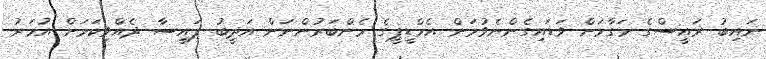
ނައިބު ރައީސްގެ މަގާމަށް ވަޑައިގެންނެވުމަށް އެމްޑީޕީގެ މެންބަރުންނަށް އަދީބު ފައިސާ ދެއްވިކަމަށް އުމަރު